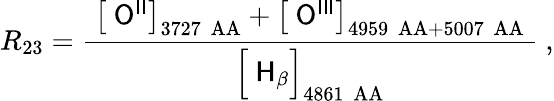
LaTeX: R_{23}={\frac{\ \left[\ {\mathsf{O}}^{\mathsf{II}}\right]_{3727~\mathrm{\ AA}}+\left[\ {\mathsf{O}}^{\mathsf{III}}\right]_{4959~\mathrm{\ AA}+5007~\mathrm{\ AA}}\ }{{\Bigl[}\ {\mathsf{H}}_{\mathsf{\beta}}{\Bigr]}_{4861~\mathrm{\ AA}}}}\ ,